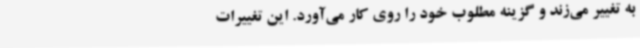
به تغییر می‌زند و گزینه مطلوب خود را روی کار می‌آورد. این تغییرات